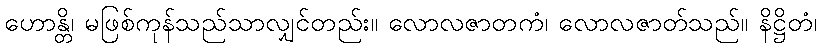
ဟောန္တိ၊ မဖြစ်ကုန်သည်သာလျှင်တည်း။ လောလဇာတကံ၊ လောလဇာတ်သည်။ နိဋ္ဌိတံ၊